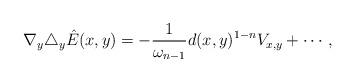
LaTeX: \begin{align*}\nabla_y\triangle_y\hat{E}(x,y)=-\frac{1}{\omega_{n-1}}d(x,y)^{1-n}V_{x,y}+\cdots,\end{align*}